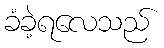
ခံခဲ့ရလေသည်